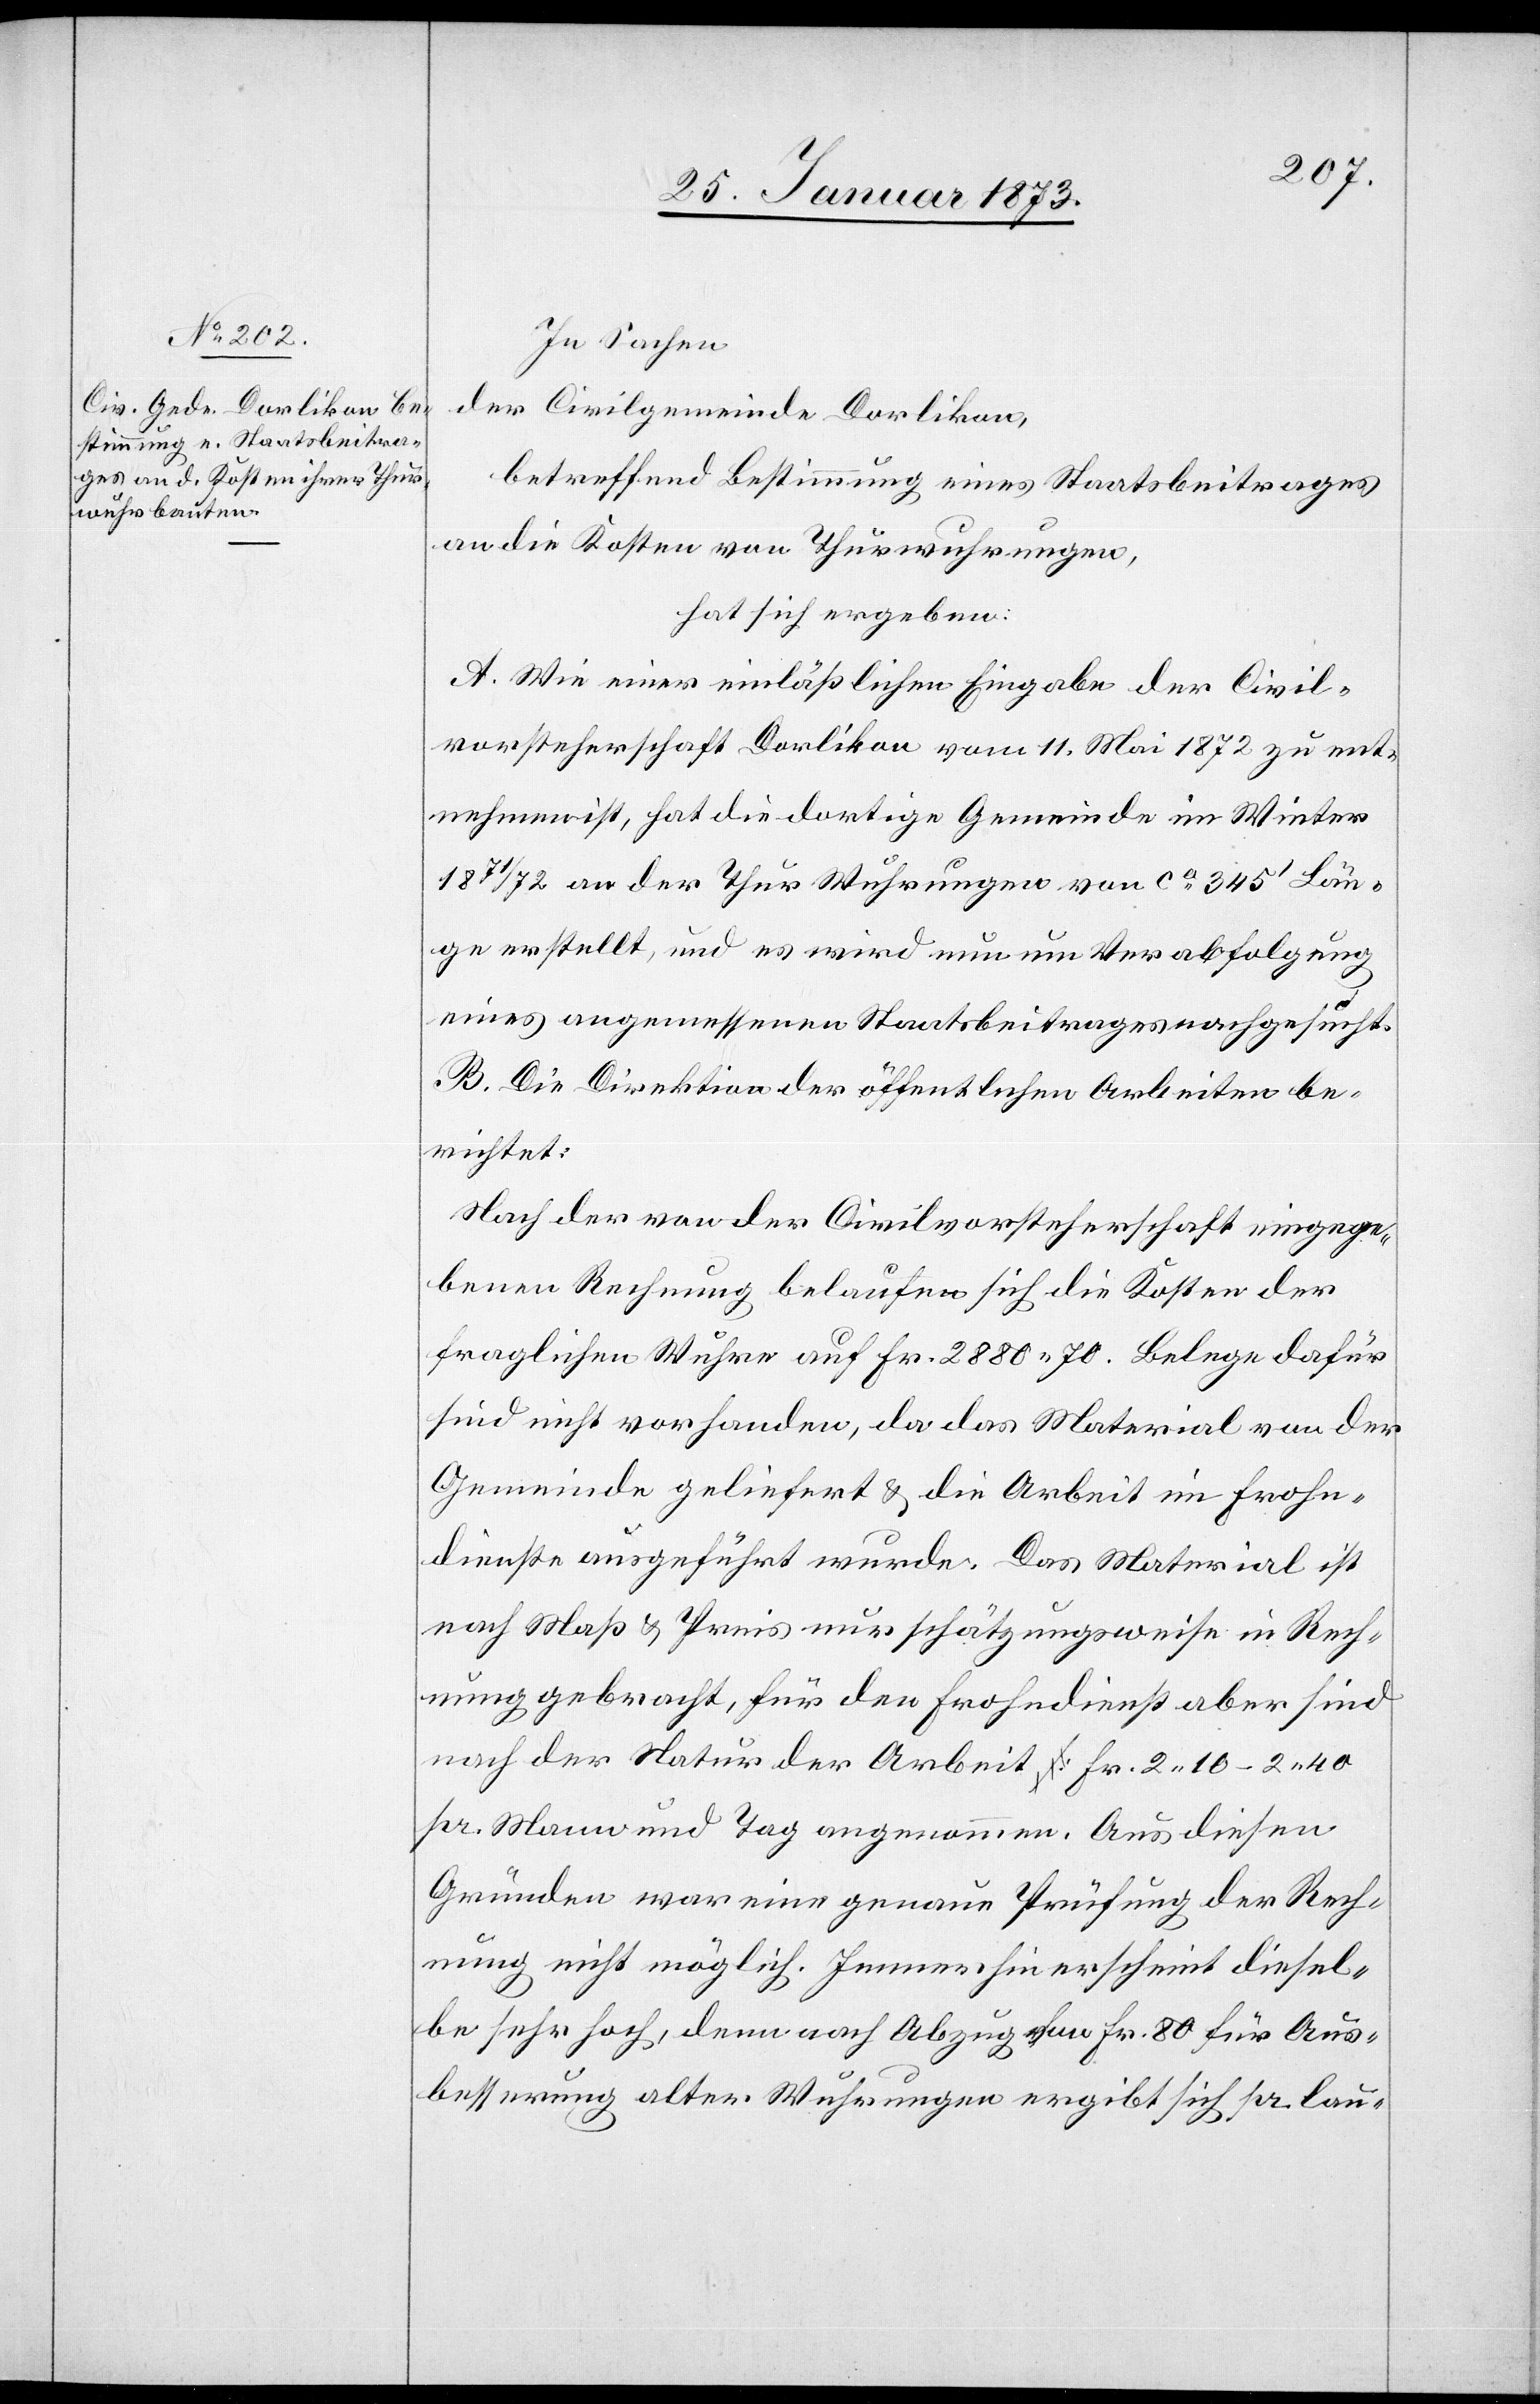
In Sachen
der Civilgemeinde Dorlikon,
betreffend Bestimmung eines Staatsbeitrages
an die Kosten von Thurwuhrungen,
hat sich ergeben:
A. Wie einer einläßlichen Eingabe der Civil¬
vorsteherschaft Dorlikon vom 11. Mai 1872 zu ent¬
nehmen ist, hat die dortige Gemeinde im Winter
1871/72 an der Thur Wuhrungen von ca. 345’ Län¬
ge erstellt, und es wird nun um Verabfolgung
eines angemessenen Staatsbeitrages nachgesucht.
B. Die Direktion der öffentlichen Arbeiten be¬
richtet:
Nach der von der Civilvorsteherschaft eingege¬
benen Rechnung belaufen sich die Kosten der
fraglichen Wuhre auf Fr. 2880. 70. Belege dafür
sind nicht vorhanden, da das Material von der
Gemeinde geliefert u. die Arbeit im Frohn¬
dienste ausgeführt wurde. Das Material ist
nach Maß u. Preis nur schätzungsweise in Rech¬
nung gebracht, für den Frohndienst aber sind
nach der Natur der Arbeit Fr. 2. 10–2. 40
pr. Mann und Tag angenommen. Aus diesen
Gründen war eine genaue Prüfung der Rech¬
nung nicht möglich. Immerhin erscheint diesel¬
be sehr hoch, denn nach Abzug von Fr. 80 für Aus¬
besserung alter Wuhrungen ergibt sich pro lau-